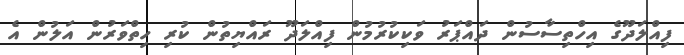
ފިއްލަދޫގެ އިހްތިސާސުން ދައްޕަރު ވަކިކުރުމުން ފިއްލަދޫ ރައްޔިތުން ކުރި ހިތްވަރުން އަލުން އެ